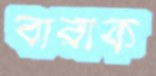
বারীক